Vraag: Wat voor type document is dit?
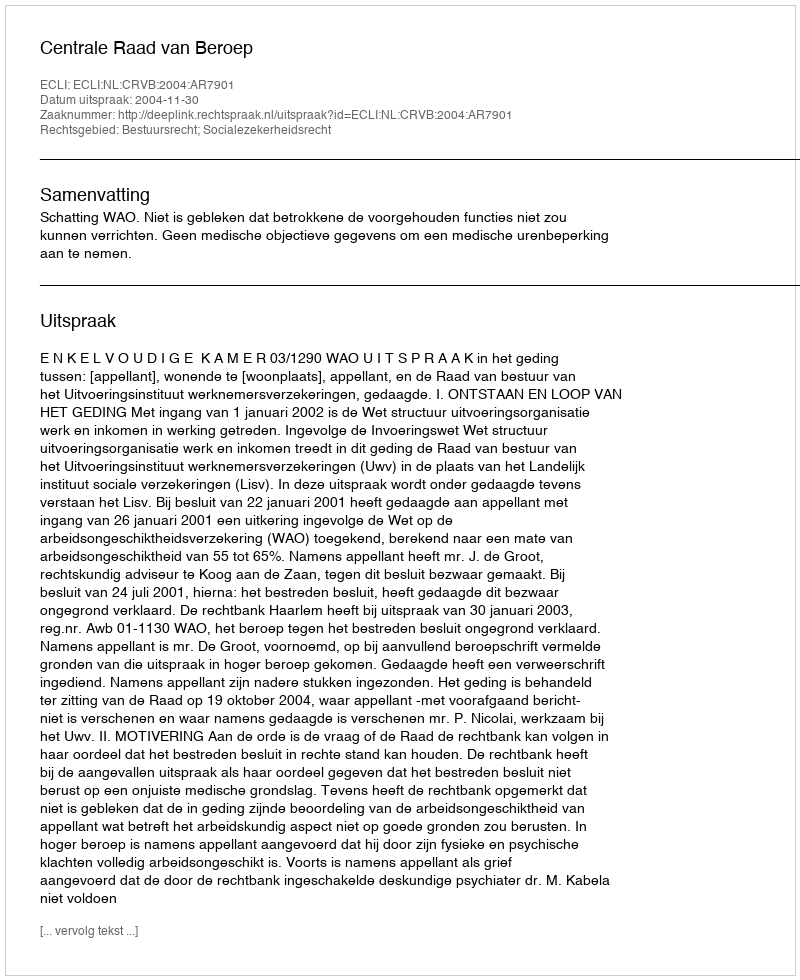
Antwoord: Uitspraak